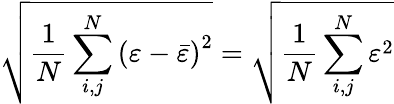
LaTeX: \sqrt{\frac{1}{N}\sum_{i,j}^{N}\left(\varepsilon-\bar{\varepsilon}\right)^{2}}=\sqrt{\frac{1}{N}\sum_{i,j}^{N}\varepsilon^{2}}